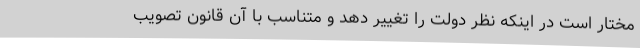
مختار است در اینکه نظر دولت را تغییر دهد و متناسب با آن قانون تصویب